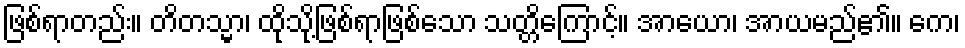
ဖြစ်ရာတည်း။ တိတသ္မာ၊ ထိုသို့ဖြစ်ရာဖြစ်သော သတ္တိကြောင့်။ အာယော၊ အာယမည်၏။ ကေ၊